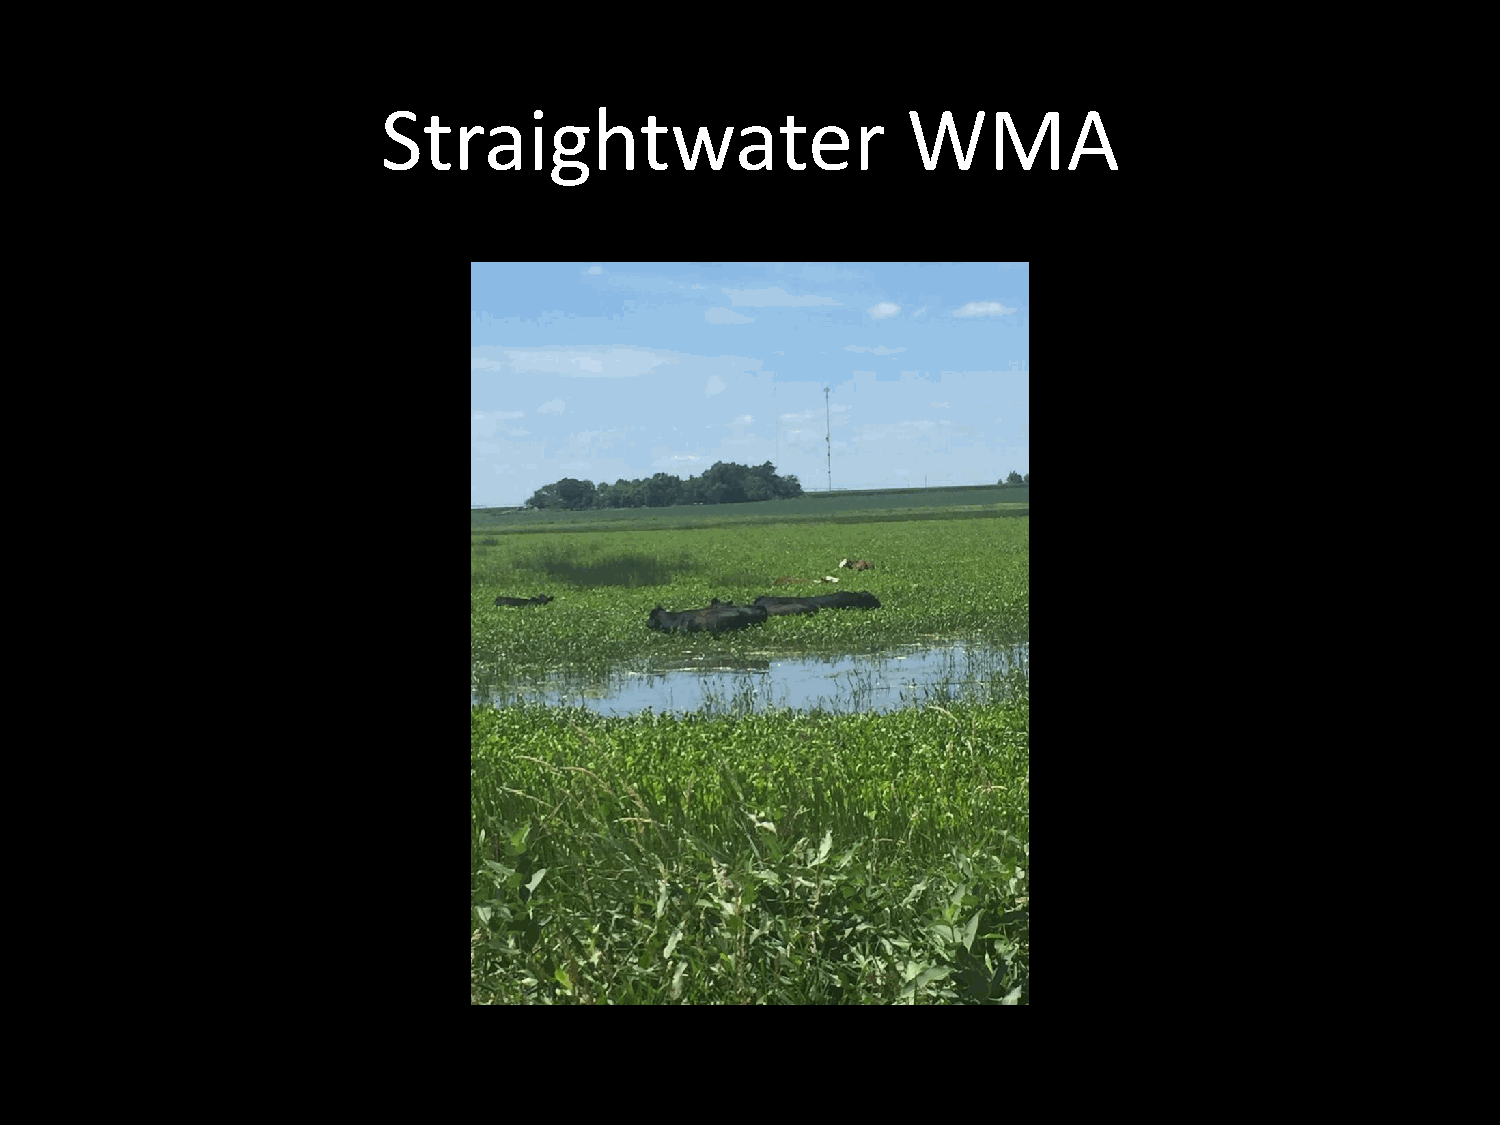
Straightwater                      WMA